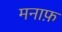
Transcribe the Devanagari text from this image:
मनाफ़